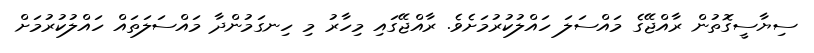
ސިޔާސީގޮތުން ރާއްޖޭގެ މައްސަލަ ހައްލުކުރުމަށެވެ. ރާއްޖޭގައި މިހާރު މި ހިނގަމުންދާ މައްސަލަތައް ހައްލުކުރުމަށް